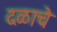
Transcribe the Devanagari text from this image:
दळाचे